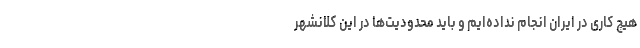
هیچ کاری در ایران انجام نداده‌ایم و باید محدودیت‌ها در این کلانشهر